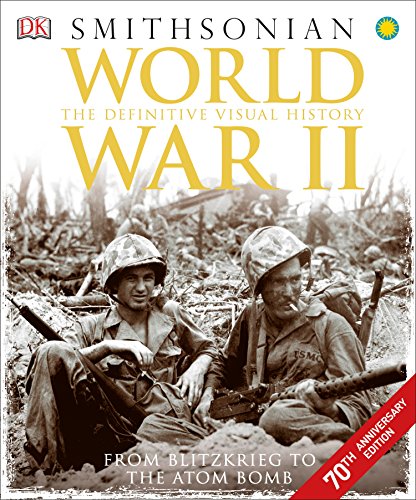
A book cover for World War II: The Definitive Visual History; DK; History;